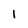
Character: I